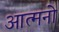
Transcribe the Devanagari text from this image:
आत्मनो